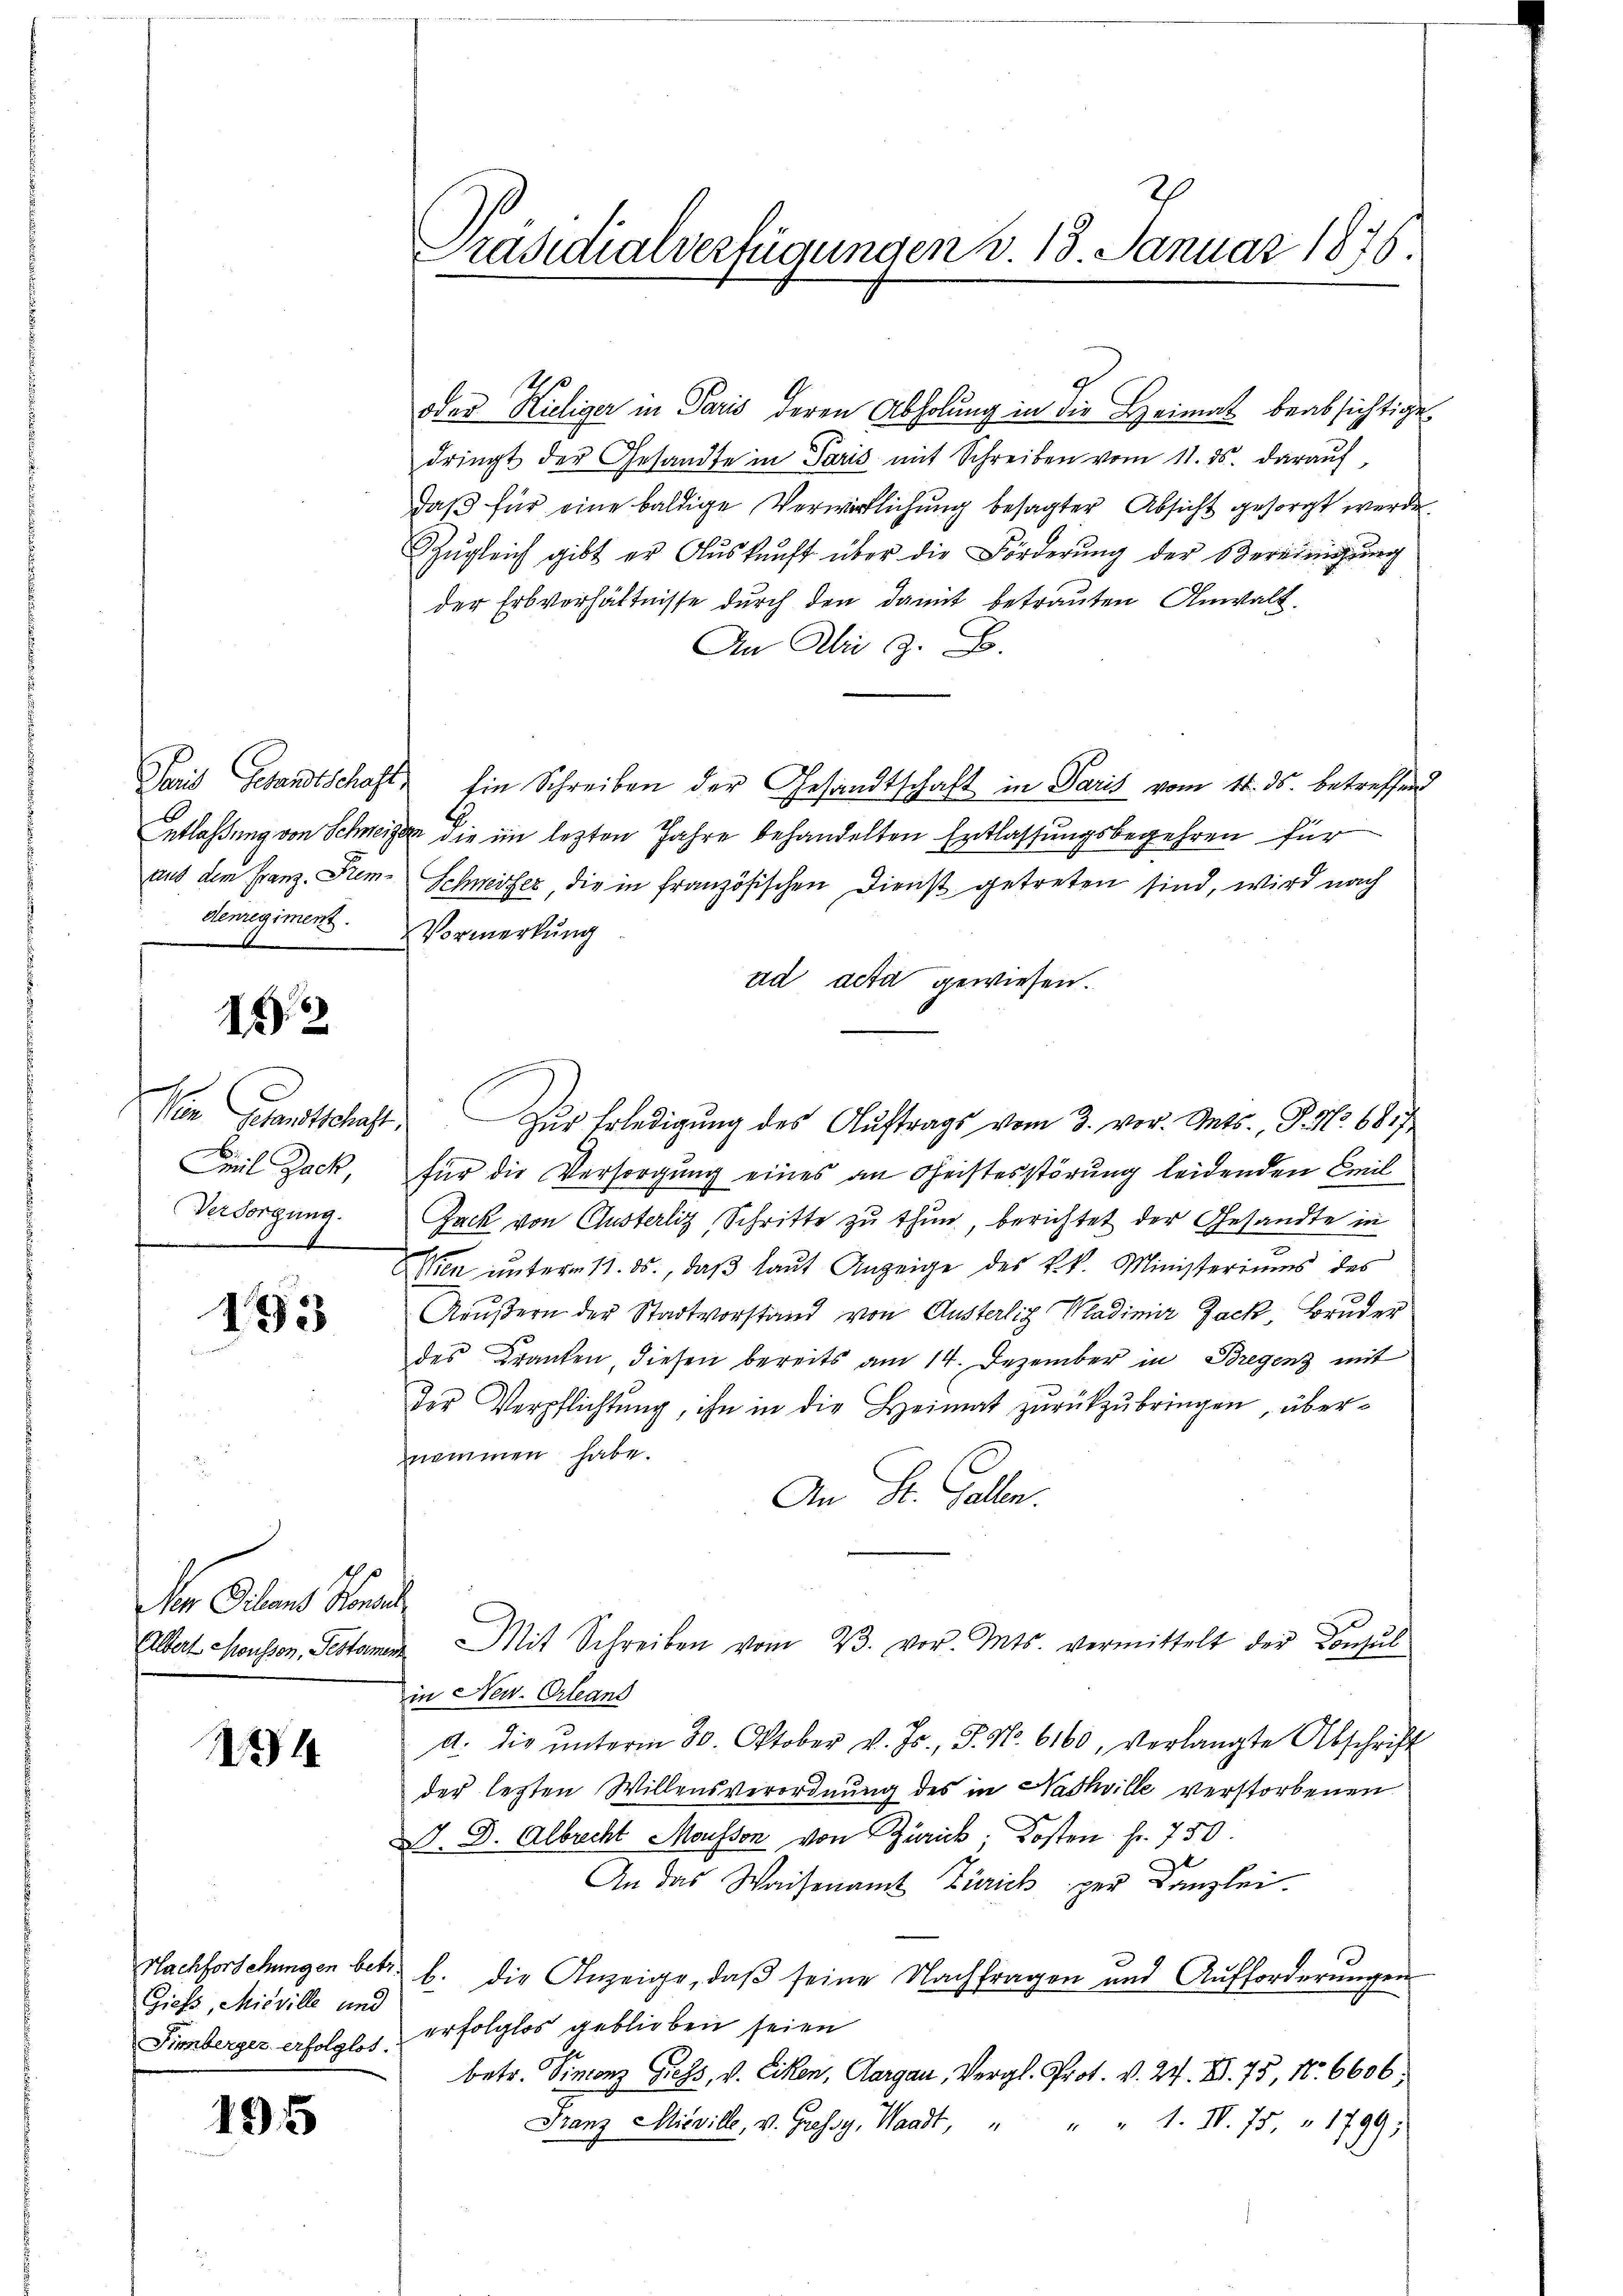
denregiment.

2

Emil Zack,
Versorgung.
4

193

1o. Der Kauf

4

Giefs, Misville und
Fimberger erfolglos.

195

Präsidialverfügungen d. 13. Januar 1876.

oder Kieliger in Paris deren Abholung in die Heimat beabsichtige
dringt der Gesandte in Paris mit Schreiben vom 11. ds. daraŭf,
daβ für eine baldige Verwirklichŭng besagter Absicht gesorgt werde.
Zŭgleich gibt er Aŭskŭnft über die Förderung der Vereinigung
der Erbverhältnisse durch den damit betrauten Anwalt¬
An Aber z. B.
Paris Gesandtschaft in Schreiben der Gesandtschaft in Paris vom 14. ds. betreffend
Entlassung von Schweizer die im lezten Jahre behandelten Entlassungsbegehren für
aus dem Franz. Dem Schweizer, die in französischen Dienst getreten sind, wird nach
Vormerkung
ad acta gewiesen.
Vin Gesandtschaft. Zŭr Erledigŭng des Aŭftrags vom 3. vor. Mts., P. Nr. 68. 7
für die Versorgung eines an Geistesstörung leidenden Emil
Zack von Clusterliz, Schritte zu thun, berichtet der Gesandte in
Wien unterm 11. ds., daß laut Anzeige des k.k. Ministeriums des
Außern der Stadtvorstand von Austerlich Madimier Zack, Bruder
des Kranken, diesen bereits am 14. Dezember in Bregenz mit
Der Verpflichtung, ihn in die Heimat zurückzubringen, übernommen habe.
An St. Gallen.
Albert Mousson, Testamen Mit Schreiben vom 23. vor. Mts. vermittelt der Consul
in New. Orleans
a. die ŭnterm 30. Oktober v. Js., S. Nr. 6160, verlangte Abschrift
der lezten Willensverordnung des in Nadhville verstorbenen
. D. Albrecht Mousson von Zürick Kosten fr. 750.
t
An das Waisenamt Zürich per Canzlei-
Nachforschungen betr. b. die Anzeige, daß seine Nachfragen und Aufforderungen
erfolglos geblieben seien
betr. Vincenz Giess, v. Liken, Aargau, Vergl. Prot. v. 27. XI. 75, 10. 6606,
" " 1. IV. 75. 1799.
Franz Misville, v. Gressy, Waadt,